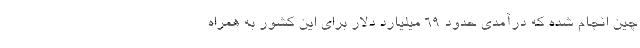
چین انجام شده که درآمدی حدود 69 میلیارد دلار برای این کشور به همراه